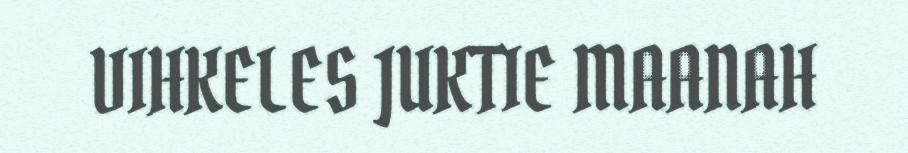
VIHKELES JUKTIE MAANAH